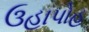
ઉહાપોહ